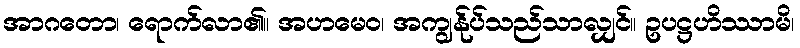
အာဂတော၊ ရောက်လာ၏။ အဟမေဝ၊ အကျွန်ုပ်သည်သာလျှင်။ ဥပဋ္ဌဟိဿာမိ၊